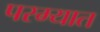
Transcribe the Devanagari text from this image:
परम्यात